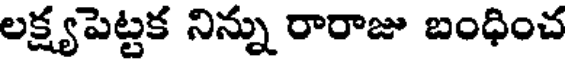
లక్ష్యపెట్టక నిన్ను రారాజు బంధించ